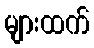
များထက်